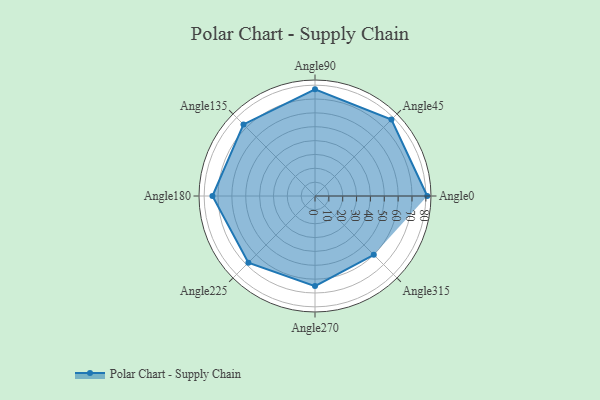
{"axis": {"x": "Angle", "y": "Radius"}, "legend": [""], "data": [{"x": "Angle0", "y": 81.0, "type": ""}, {"x": "Angle45", "y": 78.0, "type": ""}, {"x": "Angle90", "y": 77.0, "type": ""}, {"x": "Angle135", "y": 73.0, "type": ""}, {"x": "Angle180", "y": 74.0, "type": ""}, {"x": "Angle225", "y": 68.0, "type": ""}, {"x": "Angle270", "y": 65.0, "type": ""}, {"x": "Angle315", "y": 60.0, "type": ""}]}